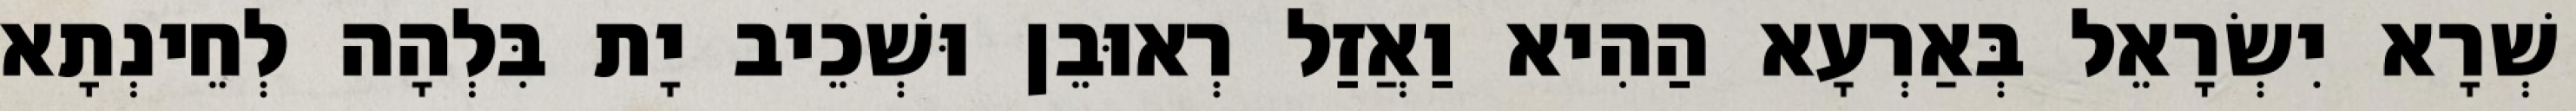
שְׁרָא יִשְׂרָאֵל בְּאַרְעָא הַהִיא וַאֲזַל רְאוּבֵן וּשְׁכֵיב יָת בִּלְהָה לְחֵינְתָא